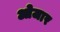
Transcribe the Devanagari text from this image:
ओजार